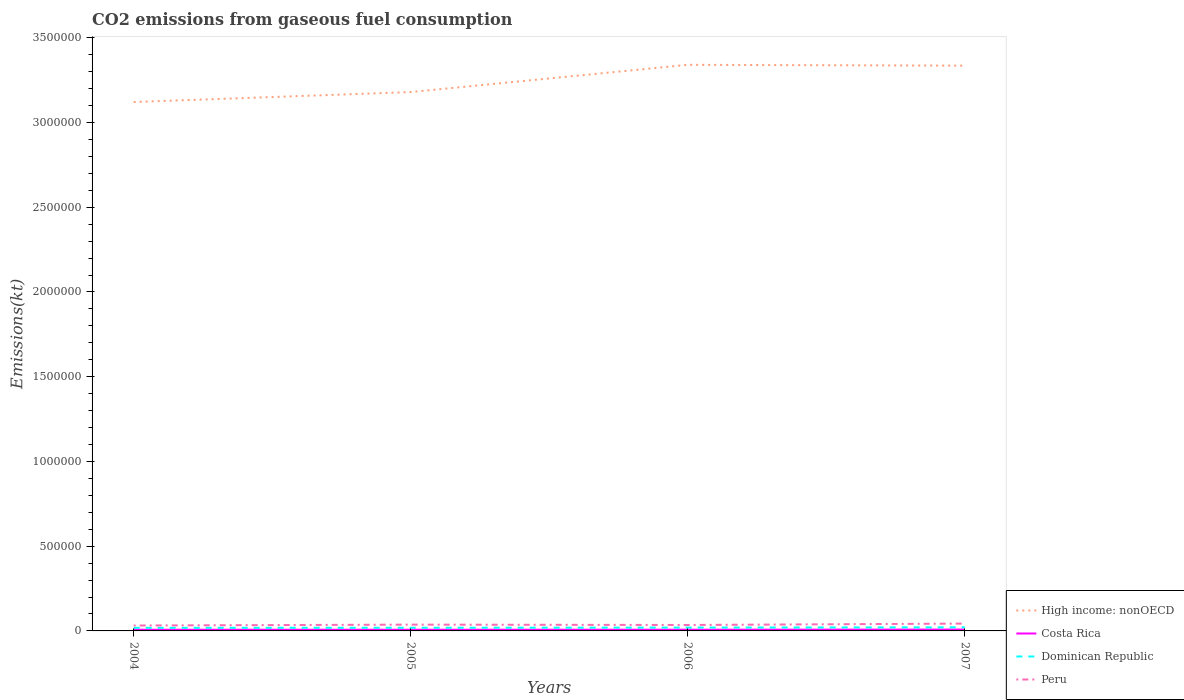
| Years | High income: nonOECD | Costa Rica | Dominican Republic | Peru |
 | --- | --- | --- | --- | --- |
 | 2004 | 3.12e+06 | 6.93e+03 | 1.83e+04 | 3.19e+04 |
 | 2005 | 3.18e+06 | 6.87e+03 | 1.86e+04 | 3.71e+04 |
 | 2006 | 3.34e+06 | 7.1e+03 | 1.97e+04 | 3.51e+04 |
 | 2007 | 3.34e+06 | 8.12e+03 | 2.13e+04 | 4.32e+04 |